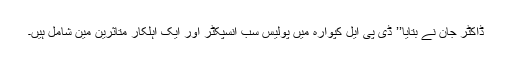
ڈاکٹر جان نے بتایا’’ ڈی پی ایل کپوارہ میں پولیس سب انسپکٹر اور ایک اہلکار متاثرین مین شامل ہیں۔